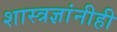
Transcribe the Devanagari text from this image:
शास्त्रज्ञांनीही